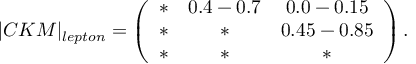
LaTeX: | C K M | _ { l e p t o n } = \left( \begin{array} { c c c } { { \ast } } & { { 0 . 4 - 0 . 7 } } & { { 0 . 0 - 0 . 1 5 } } \\ { { \ast } } & { { \ast } } & { { 0 . 4 5 - 0 . 8 5 } } \\ { { \ast } } & { { \ast } } & { { \ast } } \end{array} \right) .